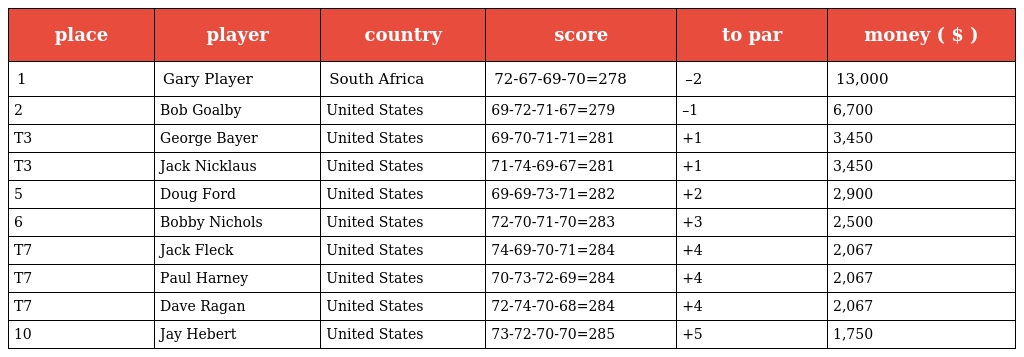
| place | player | country | score | to par | money ( $ ) |
 | --- | --- | --- | --- | --- | --- |
 | 1 | Gary Player | South Africa | 72-67-69-70=278 | –2 | 13,000 |
 | 2 | Bob Goalby | United States | 69-72-71-67=279 | –1 | 6,700 |
 | T3 | George Bayer | United States | 69-70-71-71=281 | +1 | 3,450 |
 | T3 | Jack Nicklaus | United States | 71-74-69-67=281 | +1 | 3,450 |
 | 5 | Doug Ford | United States | 69-69-73-71=282 | +2 | 2,900 |
 | 6 | Bobby Nichols | United States | 72-70-71-70=283 | +3 | 2,500 |
 | T7 | Jack Fleck | United States | 74-69-70-71=284 | +4 | 2,067 |
 | T7 | Paul Harney | United States | 70-73-72-69=284 | +4 | 2,067 |
 | T7 | Dave Ragan | United States | 72-74-70-68=284 | +4 | 2,067 |
 | 10 | Jay Hebert | United States | 73-72-70-70=285 | +5 | 1,750 |